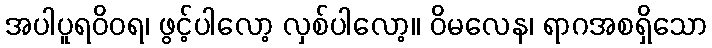
အပါပူရဝိဝရ၊ ဖွင့်ပါလော့ လှစ်ပါလော့။ ဝိမလေန၊ ရာဂအစရှိသော